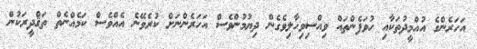
އަހަރެންގެ އުއްމީދުތަކާއި ހުވަފެންތައް ވިއްސިވިހާލިވެގެން ދިޔުމުންވެސް އަހަރެންނަށް ކުރެވޭނެ އެއްވެސް ކަމެއްނެތް ތަޤްދީރަކުން